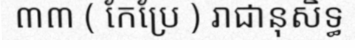
៣៣ ( កែប្រែ ) រាជានុសិទ្ធ